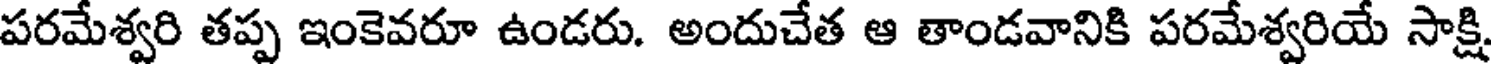
పరమేశ్వరి తప్ప ఇంకెవరూ ఉండరు. అందుచేత ఆ తాండవానికి పరమేశ్వరియే సాక్షి